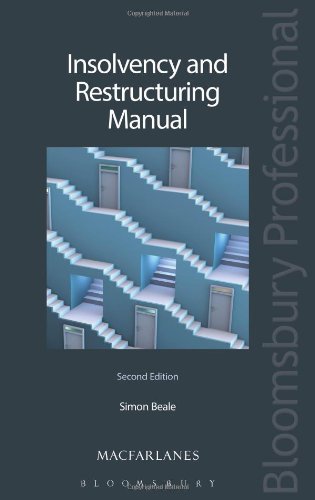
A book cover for Insolvency and Restructuring Manual: Second Edition; Simon Beale; Law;